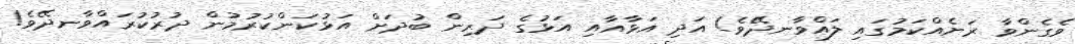
ވެގެންވާ ރަށެއްކަމުގައި ލައްވާނދޭވެ! އަދި އަޅާއާއި އަޅުގެ ދަރިން ބުދަށް އަޅުކަންކުރުމުން ދުރުކުރައްވާނދޭވެ!